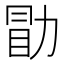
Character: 勖